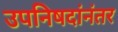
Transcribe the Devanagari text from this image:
उपनिषदांनंतर